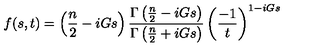
f ( s , t ) = \left( \frac { n } { 2 } - i G s \right) \frac { \Gamma \left( \frac { n } { 2 } - i G s \right) } { \Gamma \left( \frac { n } { 2 } + i G s \right) } \left( \frac { - 1 } { t } \right) ^ { 1 - i G s }